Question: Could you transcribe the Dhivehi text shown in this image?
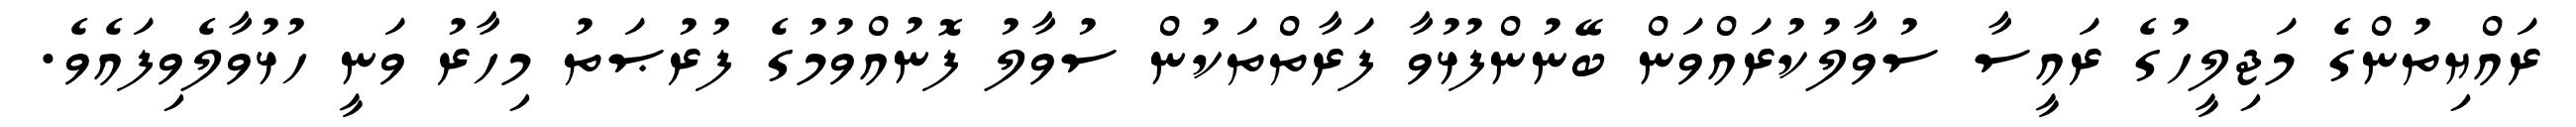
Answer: ރައްޔިތުންގެ މަޖިލީހުގެ ރައީސާ ސުވާލުކުރައްވަން ބޭނުންފުޅުވާ ފަރާތްތަކުން ސުވާލު ފޮނުއްވުމުގެ ފުރުޞަތު މިހާރު ވަނީ ހުޅުވާލެވިފައެވެ.